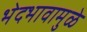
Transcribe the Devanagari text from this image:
भेदभावामुळे